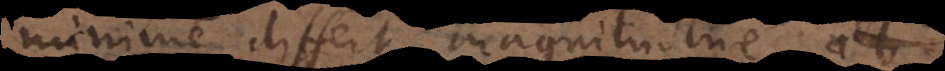
minime differt magnitudine ab